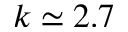
k \simeq 2 . 7